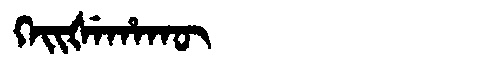
Manchu: ᡴᡝᡳᡧᡝᡥᠠᡴᡡ
Romanization: KEIŠEHAKŪ